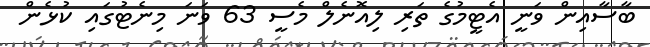
ބާސާއިން ވަނީ އެޓީމުގެ ތަރި ލިއޮނެލް މެސީ 63 ވަނަ މިނެޓުގައި ކުޅެން